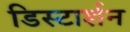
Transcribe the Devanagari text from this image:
डिस्टार्शन